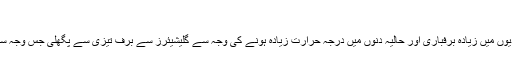
‘
انجیئر کاشف کا کہنا تھا کہ گذشتہ تین برس سے اس نالے میں طغیانی نہیں آئی تھی مگر اس برس سردیوں میں زیادہ برفباری اور حالیہ دنوں میں درجہ حرارت زیادہ ہونے کی وجہ سے گلیشیئرز سے برف تیزی سے پگھلی جس وجہ سے اس نالے میں سیلابی ریلا آیا جس کا ہر سال شندور میلے میں شرکت کرنے والوں کو اندازہ نہیں تھا۔